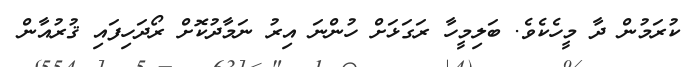
ކުރަމުން ދާ މީހެކެވެ. ބަލިމީހާ ރަގަޅަށް ހުންނަ އިރު ނަމާދުކޮށް ރޯދަހިފައި ޤުރުއާން